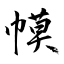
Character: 幙